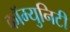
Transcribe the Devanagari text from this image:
कॉम्‍युनिटी